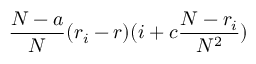
\frac { N - a } { N } ( r _ { i } - r ) ( i + c \frac { N - r _ { i } } { N ^ { 2 } } )